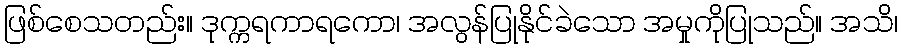
ဖြစ်စေသတည်း။ ဒုက္ကရကာရကော၊ အလွန်ပြုနိုင်ခဲသော အမှုကိုပြုသည်။ အသိ၊